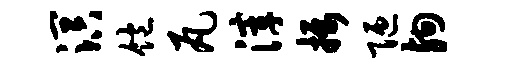
溟饱瓦滓摄陋殉